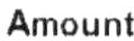
AMOUNT